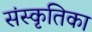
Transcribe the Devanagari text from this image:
संस्कृतिका